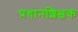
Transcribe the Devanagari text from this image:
प्रधानशिक्षक